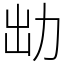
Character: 㔘